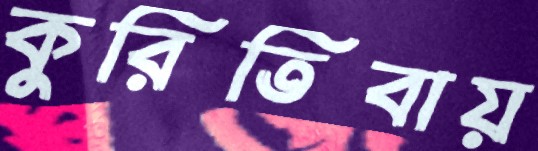
কুরিতিবায়